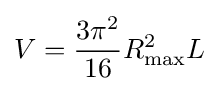
V={\frac {3\pi ^{2}}{16}}R_{\text{max}}^{2}L